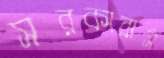
সরকারার্স